65_HS1-834228961_62-HQ-83894_Section_4
Agency: FBI
Page 105
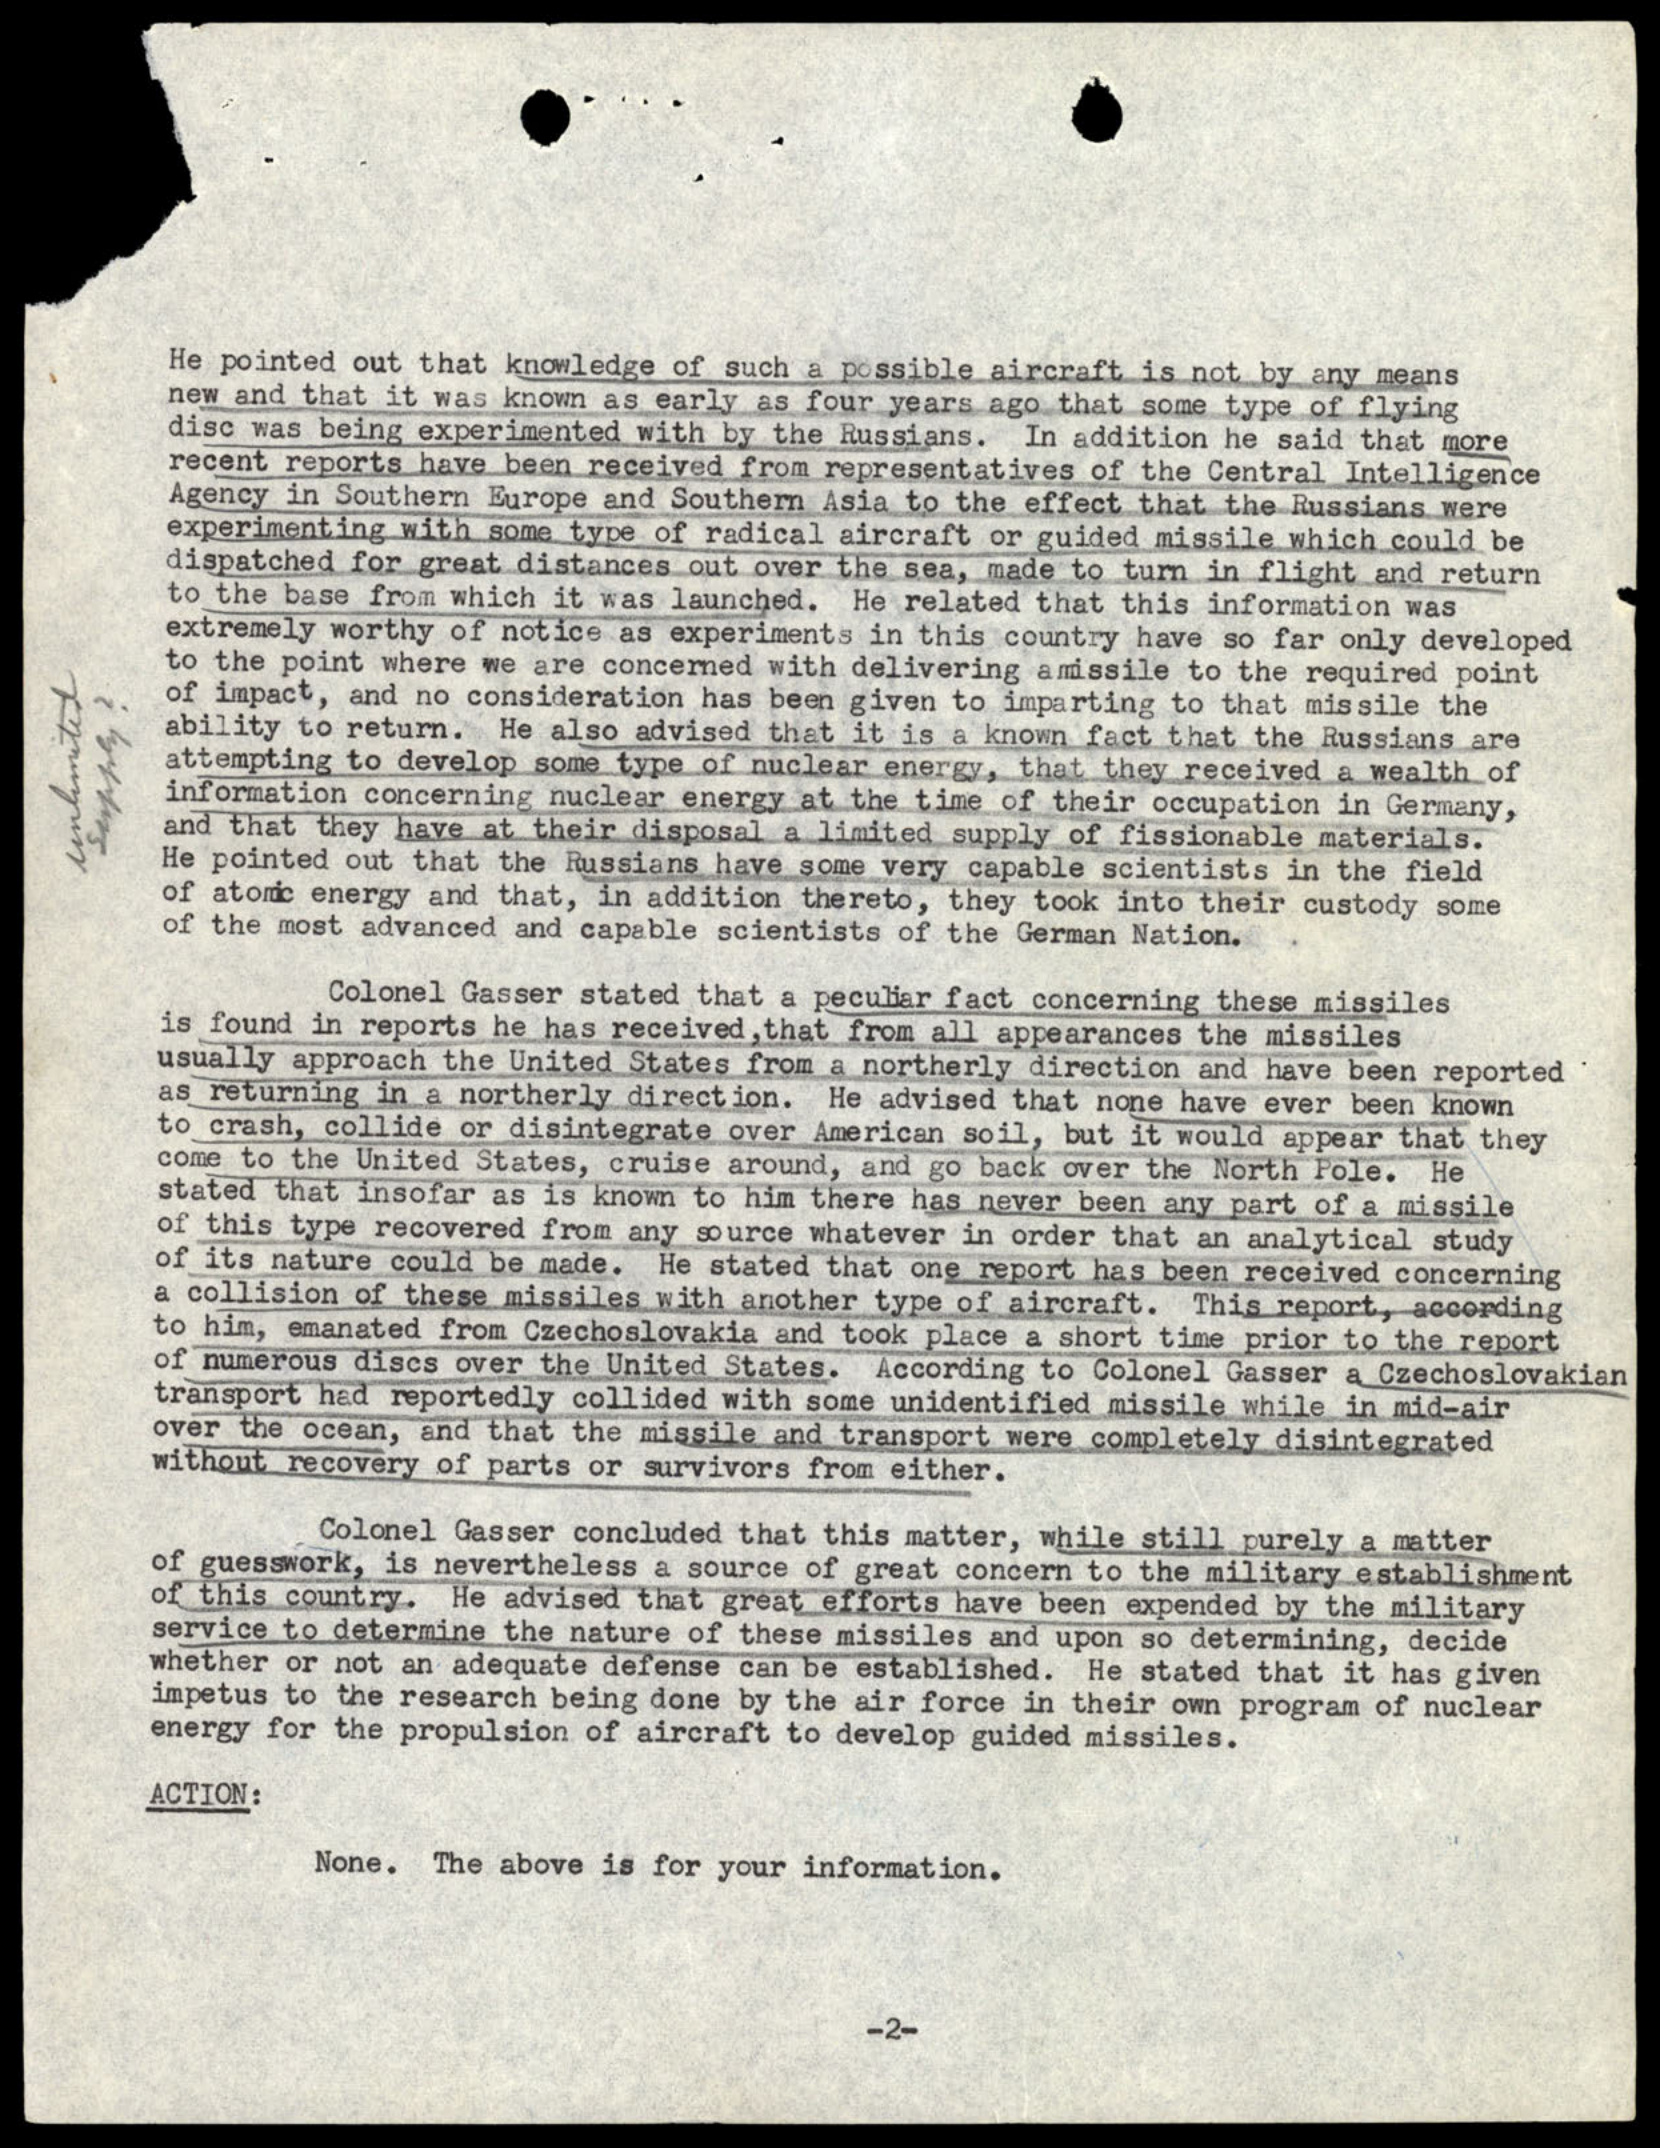